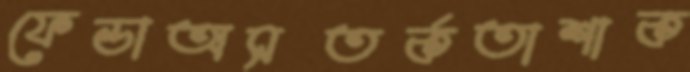
ফেন্ডাঅসতর্কতাশাক